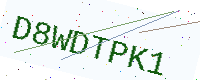
Text: D8WDTPK1